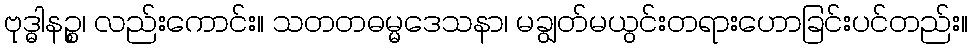
ဗုဒ္ဓါနဉ္စ၊ လည်းကောင်း။ သတတဓမ္မဒေသနာ၊ မချွတ်မယွင်းတရားဟောခြင်းပင်တည်း။